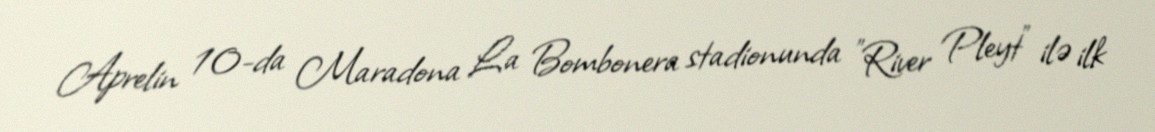
Aprelin 10-da Maradona La Bombonera stadionunda "River Pleyt" ilə ilk